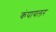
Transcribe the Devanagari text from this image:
कंपायलर